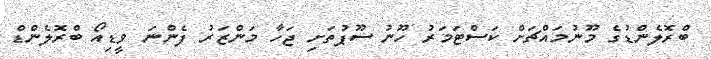
ބްރޮލެންޑުގެ މޫނުމައްޗަށް ކަސްޓަމަރު ހޫނު ސޫޕުތަށި ޖަހާ މަންޒަރު ފެންނަ ވީޑިއޯ ބްރޮލެންޑް